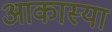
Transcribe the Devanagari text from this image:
आकास्या